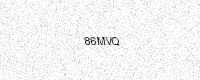
Text: 86MVQ